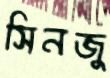
সিনজু